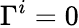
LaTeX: \Gamma^{i}=0